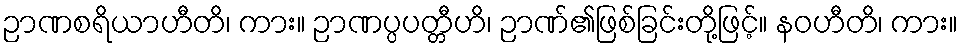
ဉာဏစရိယာဟီတိ၊ ကား။ ဉာဏပ္ပပတ္တီဟိ၊ ဉာဏ်၏ဖြစ်ခြင်းတို့ဖြင့်။ နဝဟီတိ၊ ကား။